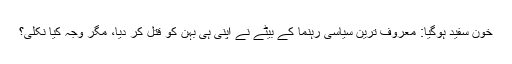
خون سفید ہوگیا: معروف ترین سیاسی رہنما کے بیٹے نے اپنی ہی بہن کو قتل کر دیا، مگر وجہ کیا نکلی؟